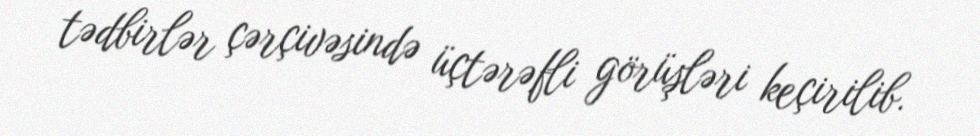
tədbirlər çərçivəsində üçtərəfli görüşləri keçirilib.